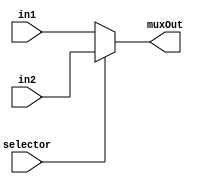
module Mux
  #( 
  parameter n = 64
  )
  
  (
  input selector,
  input [n-1 : 0] in1,
  input [n-1 : 0] in2,
  output [n-1 : 0] muxOut
  );
  
  assign muxOut = selector ? in2 : in1; 

endmodule